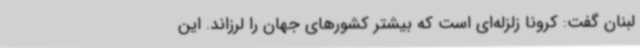
لبنان گفت: کرونا زلزله‌ای است که بیشتر کشورهای جهان را لرزاند. این